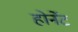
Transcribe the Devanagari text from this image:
होर्नेट